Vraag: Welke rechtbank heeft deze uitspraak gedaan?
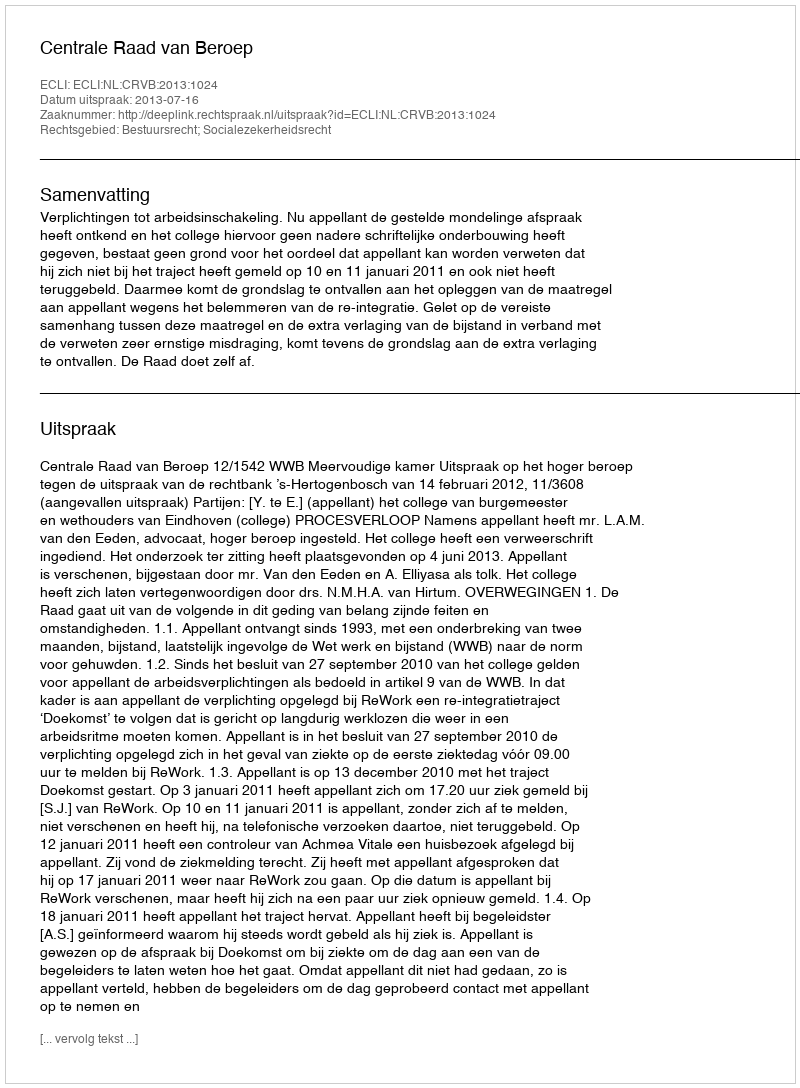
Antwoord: Centrale Raad van Beroep